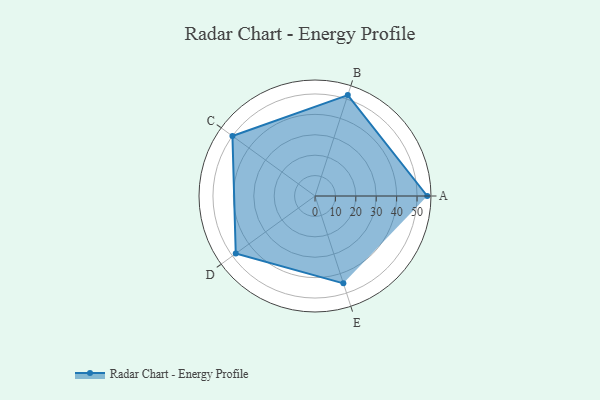
{"axis": {"x": "Skill", "y": "Score"}, "legend": ["Profile"], "data": [{"x": "A", "y": 55.0, "type": "Profile"}, {"x": "B", "y": 52.0, "type": "Profile"}, {"x": "C", "y": 50.0, "type": "Profile"}, {"x": "D", "y": 48.0, "type": "Profile"}, {"x": "E", "y": 45.0, "type": "Profile"}]}